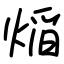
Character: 㷔